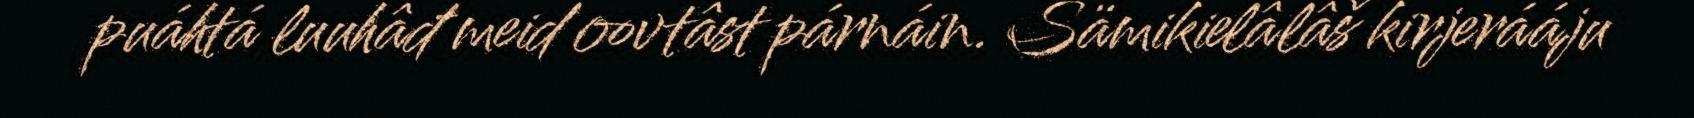
puáhtá luuhâđ meid oovtâst párnáin. Sämikielâlâš kirjerááju